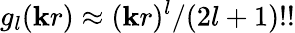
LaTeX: g_{l}(\mathbf{k}r)\approx(\mathbf{k}r)^{l}/(2l+1)!!